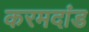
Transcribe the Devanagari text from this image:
करमदांड